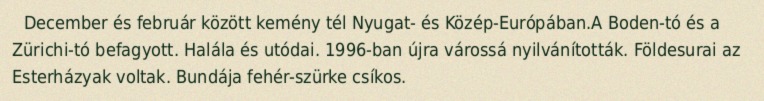
December és február között kemény tél Nyugat- és Közép-Európában.A Boden-tó és a Zürichi-tó befagyott. Halála és utódai. 1996-ban újra várossá nyilvánították. Földesurai az Esterházyak voltak. Bundája fehér-szürke csíkos.